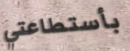
بأستطاعتي